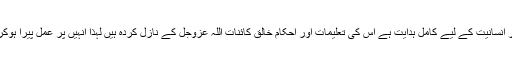
اسلام ایک فطری اور آفاقی دین ہے اور انسانیت کے لیے کامل ہدایت ہے اس کی تعلیمات اور اَحکام خالق کائنات اللّٰہ عَزَّوَجَلَّ کے نازل کردہ ہیں لہٰذا اِنہیں پر عمل پیرا ہوکر دونوں جہان میں کامیابی ممکن ہے ۔